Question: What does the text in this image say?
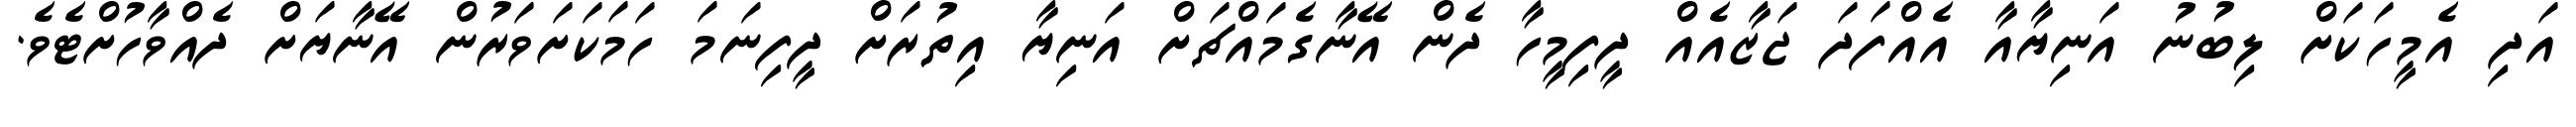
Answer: އަދި އެމީހަކަށް ލިބުނު އަނިޔާއާ އެއްފަދަ ޖަޒާއެއް ދީފިމީހާ ދެން އޭނާގެމައްޗަށް އަނިޔާ އިތުރަށް ދީފިނަމަ ހަމަކަށަވަރުން އޭނާޔަށް ދެއްވާހުށްޓެވެ.